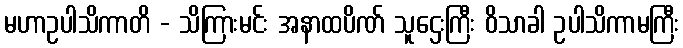
မဟာဥပါသိကာတိ - သိကြားမင်း အနာထပိဏ် သူဌေးကြီး ဝိသာခါ ဥပါသိကာမကြီး